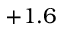
+ 1 . 6